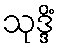
သုဒ္ဒိံ